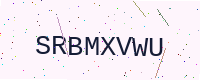
Text: SRBMXVWU